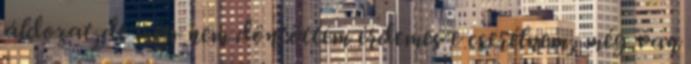
áldozat,de még nem döntöttem érdemes e cserélnem, még van